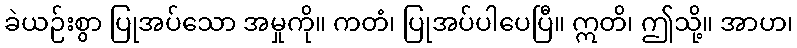
ခဲယဉ်းစွာ ပြုအပ်သော အမှုကို။ ကတံ၊ ပြုအပ်ပါပေပြီ။ ဣတိ၊ ဤသို့။ အာဟ၊